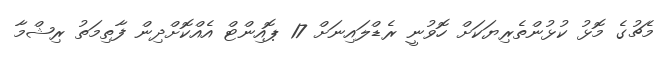
މެޗުގެ މޮޅު ކުޅުންތެރިޔަކަށް ހޮވުނީ ރެޑްލައިނަށް 17 ޕޮއިންޓް އެއްކޮށްދިން ފާތިމަތު ރިޝްމާ